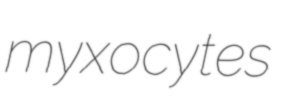
myxocytes